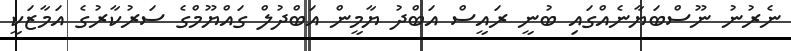
ނެރުނު ނޫސްބަޔާނެއްގައި ބުނީ ރައީސް އަބްދު ޔާމީން އަބްދުލް ގައްޔޫމްގެ ސަރުކާރުގެ އަމާޒަކީ